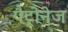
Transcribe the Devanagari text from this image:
पैट्रोनेज